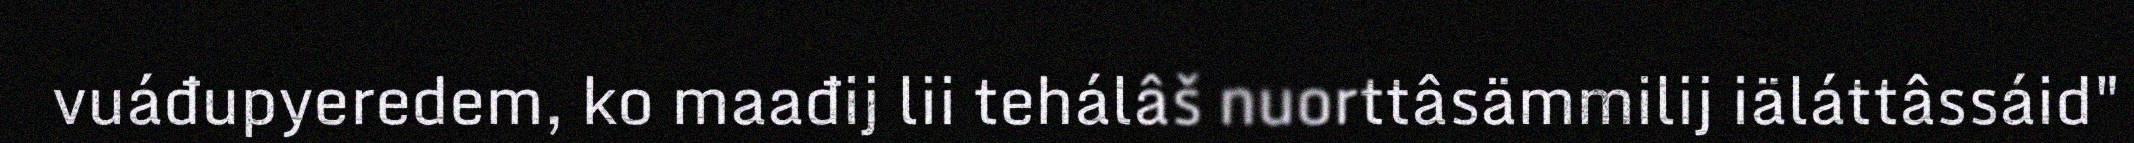
vuáđupyeredem, ko maađij lii tehálâš nuorttâsämmilij iäláttâssáid"